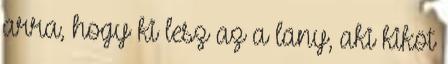
arra, hogy ki lesz az a lány, aki kiköt